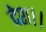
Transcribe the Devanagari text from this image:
देश।।